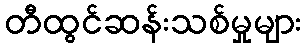
တီထွင်ဆန်းသစ်မှုများ